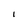
Character: I